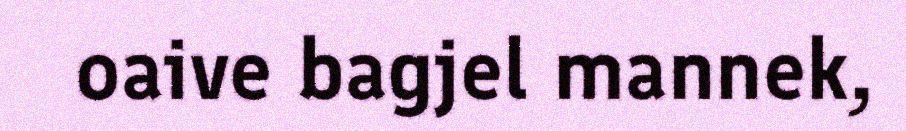
oaive bagjel mannek,